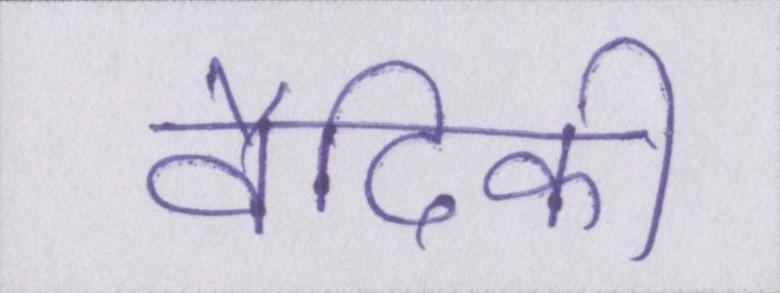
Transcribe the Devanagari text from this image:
वैदिकी